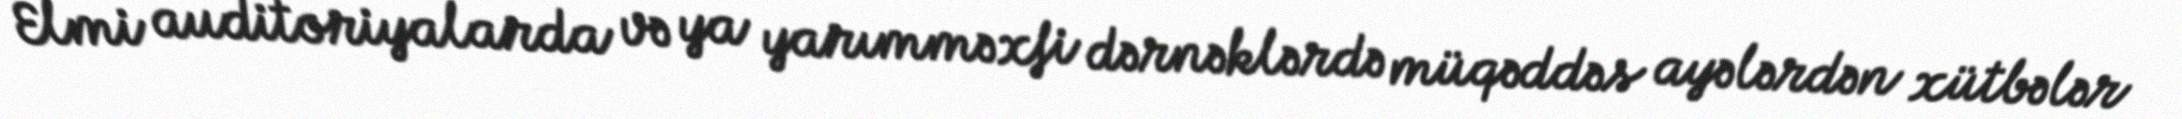
Elmi auditoriyalarda və ya yarımməxfi dərnəklərdə müqəddəs ayələrdən xütbələr